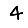
Digit: 4